画像に写った文字を読んでください
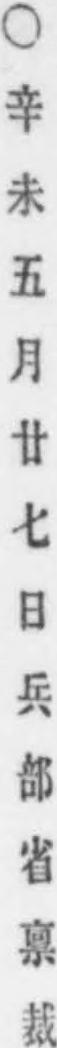
「○辛未五月廿七日兵部省禀裁」と書いてあります